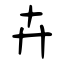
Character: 卉